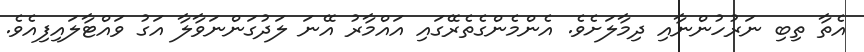
އެތާ ތިބި ނަރުހުންނާއި ދިމާލަށެވެ. އެންމެންގެތެރޭގައި އައްމާރު އޭނަ ލަދުގަންނަވާލާ އަގު ވައްޓާލައިފިއެވެ.